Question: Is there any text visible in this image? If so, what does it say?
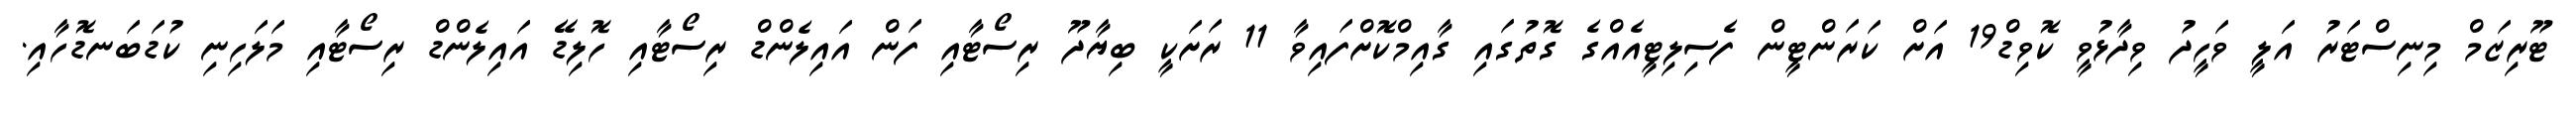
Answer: ޓޫރިޒަމް މިނިސްޓަރު އަލީ ވަހީދު ވިދާޅުވީ ކޮވިޑް19 އަށް ކަރަންޓީން ފެސިލިޓީއެއްގެ ގޮތުގައި ގާއިމްކޮށްފައިވާ 11 ރަށަކީ ބިޔާދޫ ރިސޯޓާއި ފަން އައިލެންޑް ރިސޯޓާއި ހޮލިޑޭ އައިލެންޑް ރިސޯޓާއި މަލަހިނި ކުޑަބަނޑޮހާއި.